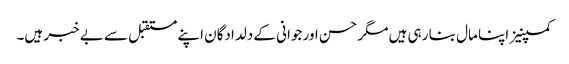
کمپنیز اپنا مال بنا رہی ہیں مگر حسن اور جوانی کے دلدادگان اپنے مستقبل سے بے خبر ہیں۔